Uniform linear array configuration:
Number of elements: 8
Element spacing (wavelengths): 0.25
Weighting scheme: binomial
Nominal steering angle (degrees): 60
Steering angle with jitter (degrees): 61.954
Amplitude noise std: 0.05
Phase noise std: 0.05

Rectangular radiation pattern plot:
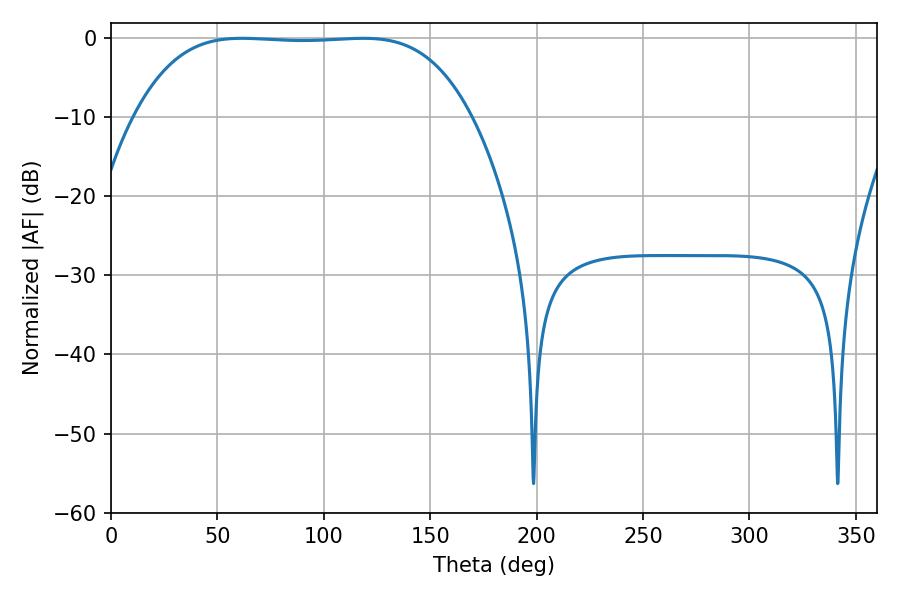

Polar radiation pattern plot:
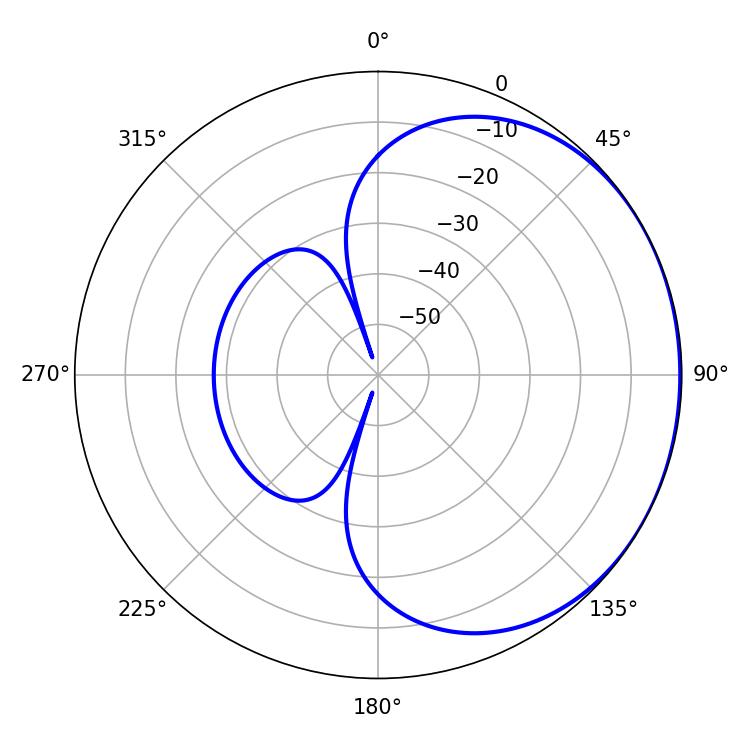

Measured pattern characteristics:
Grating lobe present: FALSE
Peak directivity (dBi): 0.7783
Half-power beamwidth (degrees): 122.04
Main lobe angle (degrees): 61.56